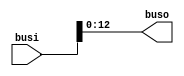
module bussplit1(
input  [63:0] busi,
output [12:0] buso
);
assign buso=busi[12:0];
endmodule